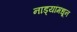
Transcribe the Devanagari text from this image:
नाड्यांमधून